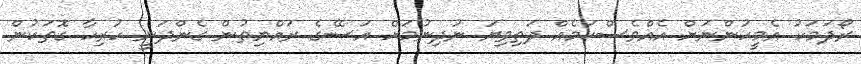
ރޯދަމަހު އެމީހުންނަށް އެއްވެސްކަމެއް ދަތިވިޔަ ނުދިނުމަށް އަސޭގެ ރައްޔިތުން ގެންދަނީ ހުރިހާ ގޮތަކުން